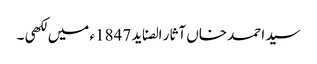
سید احمد خاں آثار الصناید 1847ء میں لکھی ۔